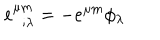
e _ { ~ ~ ; \lambda } ^ { \mu m } = - e ^ { \mu m } \phi _ { \lambda }